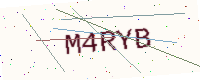
Text: M4RYB